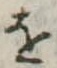
を